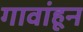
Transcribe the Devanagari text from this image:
गावांहून